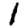
Digit: 1